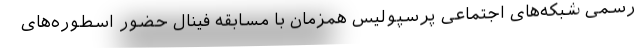
رسمی شبکه‌های اجتماعی پرسپولیس همزمان با مسابقه فینال حضور اسطوره‌های